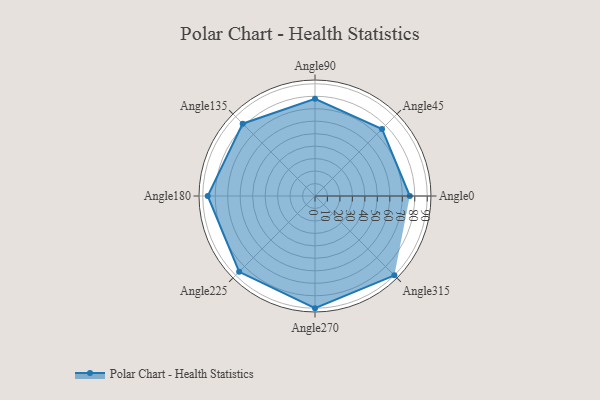
{"axis": {"x": "Angle", "y": "Radius"}, "legend": [""], "data": [{"x": "Angle0", "y": 76.0, "type": ""}, {"x": "Angle45", "y": 76.0, "type": ""}, {"x": "Angle90", "y": 78.0, "type": ""}, {"x": "Angle135", "y": 82.0, "type": ""}, {"x": "Angle180", "y": 86.0, "type": ""}, {"x": "Angle225", "y": 86.0, "type": ""}, {"x": "Angle270", "y": 90.0, "type": ""}, {"x": "Angle315", "y": 90.0, "type": ""}]}